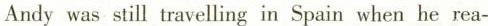
Andy was still travelling in Spain when he rea-